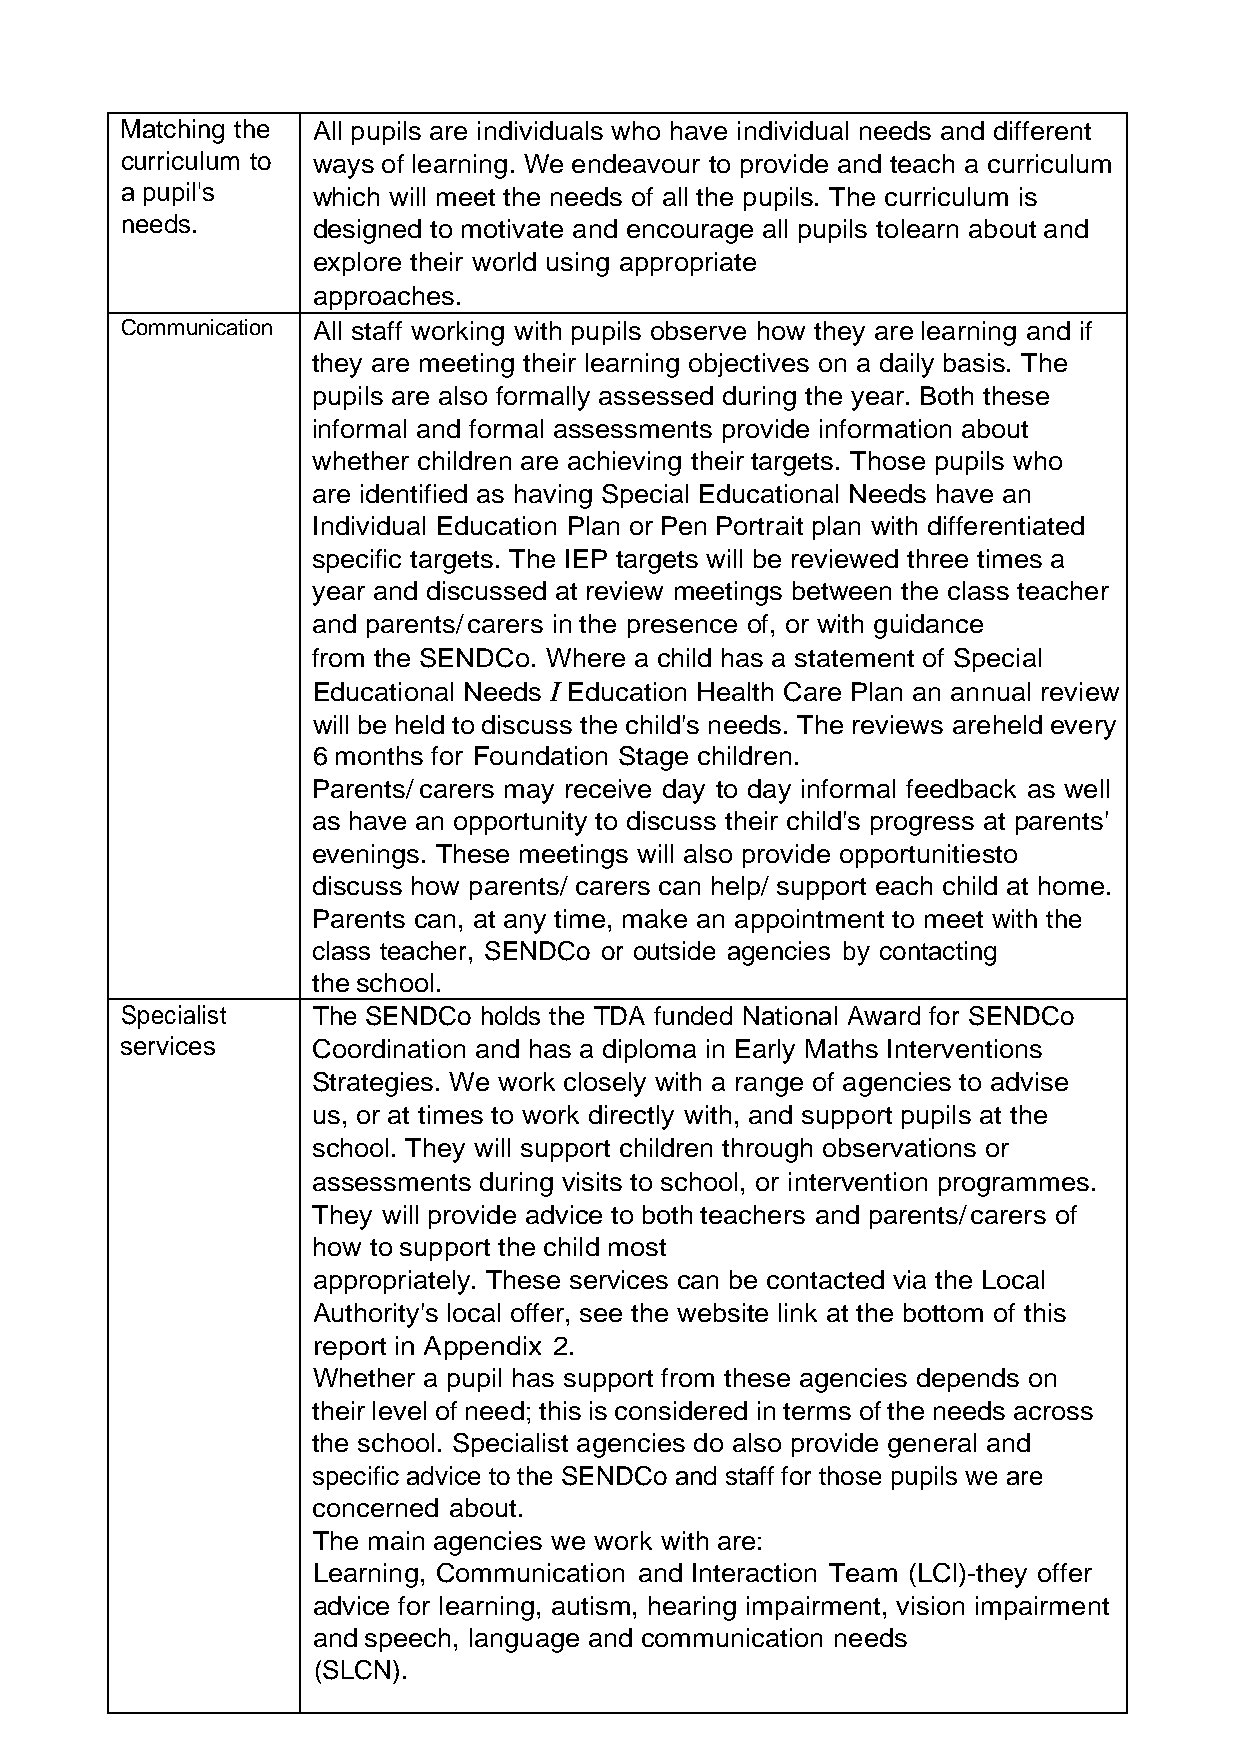
Matching the All pupils are individuals who have individual needs and different
 curriculum to ways of learning. We endeavour to provide and teach a curriculum
 a pupil's    which will meet the needs of all the pupils. The curriculum is
 needs.       designed to motivate and encourage all pupils to learn about and
 explore their world using appropriate
 approaches.
 Communication All staff working with pupils observe how they are learning and if
 they are meeting their learning objectives on a daily basis. The
 pupils are also formally assessed during the year. Both these
 informal and formal assessments provide information about
 whether children are achieving their targets. Those pupils who
 are identified as having Special Educational Needs have an
 Individual Education Plan or Pen Portrait plan with differentiated
 specific targets. The IEP targets will be reviewed three times a
 year and discussed at review meetings between the class teacher
 and parents/ carers in the presence of, or with guidance
 from the SENDCo. Where a child has a statement of Special
 Educational Needs I Education Health Care Plan an annual review
 will be held to discuss the child's needs. The reviews are held every
 6 months for Foundation Stage children.
 Parents/ carers may receive day to day informal feedback as well
 as have an opportunity to discuss their child's progress at parents'
 evenings. These meetings will also provide opportunities to
 discuss how parents/ carers can help/ support each child at home.
 Parents can, at any time, make an appointment to meet with the
 class teacher, SENDCo or outside agencies by contacting
 the school.
 Specialist   The SENDCo holds the TDA funded National Award for SENDCo
 services     Coordination and has a diploma in Early Maths Interventions
 Strategies. We work closely with a range of agencies to advise
 us, or at times to work directly with, and support pupils at the
 school. They will support children through observations or
 assessments during visits to school, or intervention programmes.
 They will provide advice to both teachers and parents/ carers of
 how to support the child most
 appropriately. These services can be contacted via the Local
 Authority's local offer, see the website link at the bottom of this
 report in Appendix 2.
 Whether a pupil has support from these agencies depends on
 their level of need; this is considered in terms of the needs across
 the school. Specialist agencies do also provide general and
 specific advice to the SENDCo and staff for those pupils we are
 concerned about.
 The main agencies we work with are:
 Learning, Communication and Interaction Team (LCl)-they offer
 advice for learning, autism, hearing impairment, vision impairment
 and speech, language and communication needs
 (SLCN).